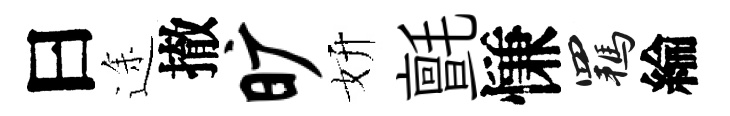
曰途撤旷妍氈慊羈綸